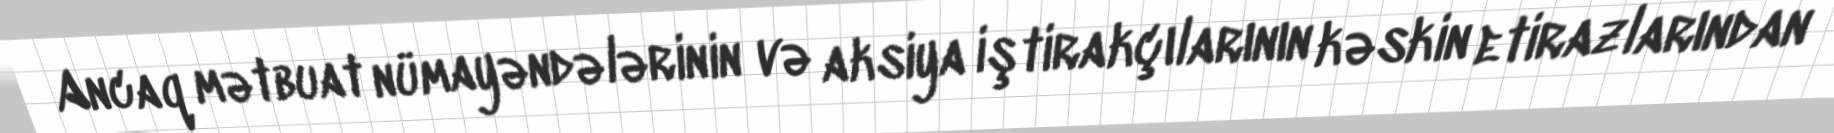
Ancaq mətbuat nümayəndələrinin və aksiya iştirakçılarının kəskin etirazlarından